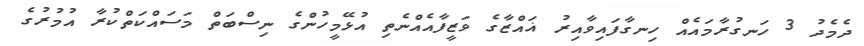
ދެމެދު 3 ހަނގުރާމައެއް ހިނގާފައިވާއިރު ޣައްޒާގެ ވަޒީފާއެއްނެތި އުޅޭމީހުންގެ ނިސްބަތް މަސައްކަތްކުރާ އުމުރުގެ